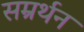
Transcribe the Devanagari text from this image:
सम्रर्थन